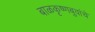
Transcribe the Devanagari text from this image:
बाळकृष्णबुवांचे